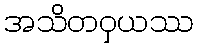
အသိတဝှယဿ